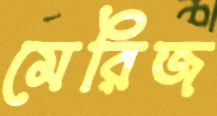
মেরিজ